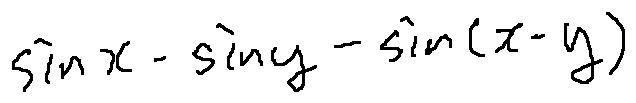
\sin x - \sin y - \sin ( x - y )